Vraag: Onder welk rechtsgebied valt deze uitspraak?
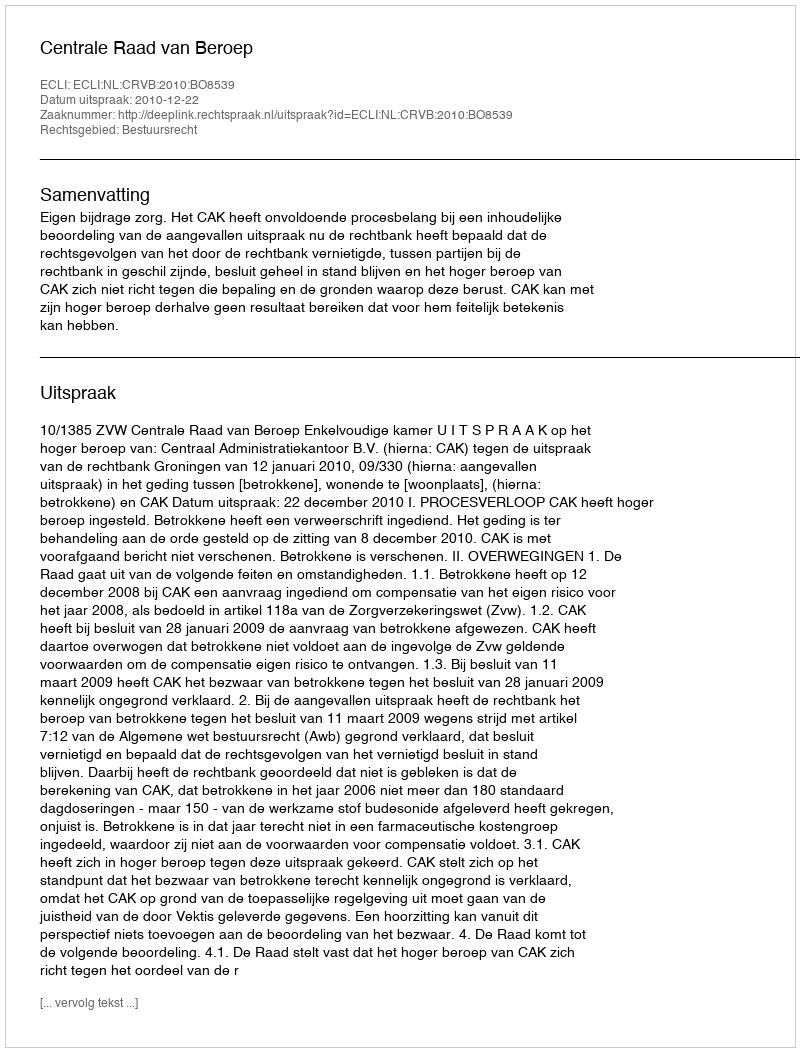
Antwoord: Bestuursrecht